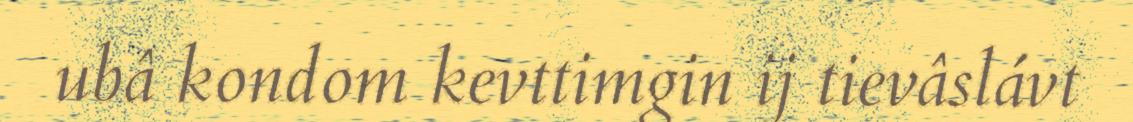
ubâ kondom kevttimgin ij tievâslávt